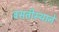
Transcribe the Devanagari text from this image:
वसतीस्थाने